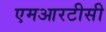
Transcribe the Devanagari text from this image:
एमआरटीसी